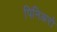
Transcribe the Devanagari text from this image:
पिनिअरो